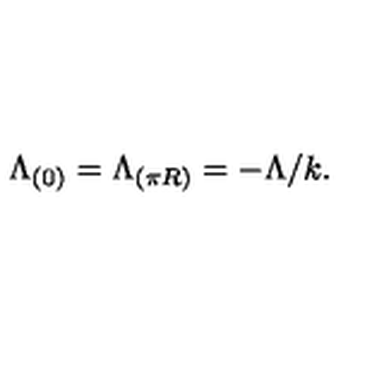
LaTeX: \Lambda _ { ( 0 ) } = \Lambda _ { ( \pi R ) } = - \Lambda / k .